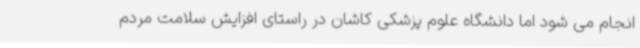
انجام می شود اما دانشگاه علوم پزشکی کاشان در راستای افزایش سلامت مردم